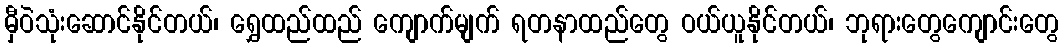
မှီဝဲသုံးဆောင်နိုင်တယ်၊ ရွှေထည်ထည် ကျောက်မျက် ရတနာထည်တွေ ဝယ်ယူနိုင်တယ်၊ ဘုရားတွေကျောင်းတွေ